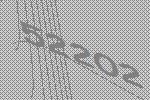
52202